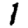
Digit: 1